Lunatic asylums Punjab 1895-1910 - 1895-1910
Year: 1895
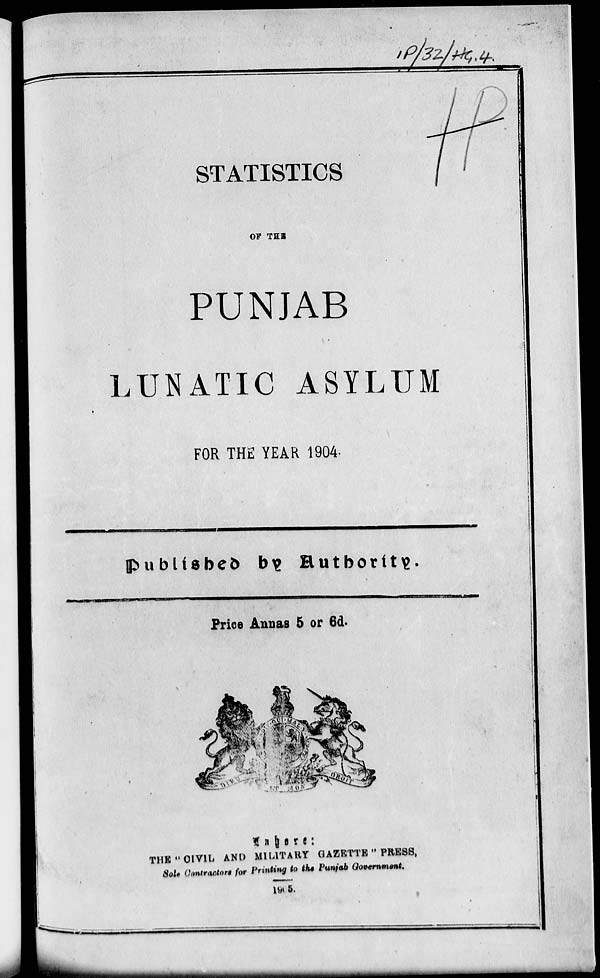
STATISTICS
OF THE
PUNJAB
LUNATIC ASYLUM
FOR THE YEAR 1904
Published by Authority.
Price Annas 5 or 6d.
Lahore:
THE " CIVIL AND MILITARY GAZETTE " PRESS,
Sale Contractors for Printing to the Punjab Govrnment.
1905.